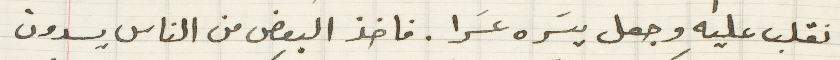
انقلب عليه وجعل يسَره عسَرا. فاخذ البعض من الناس يسدون